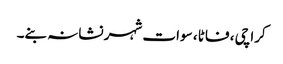
کراچی ، فاٹا ، سوات شہر نشانہ بنے۔